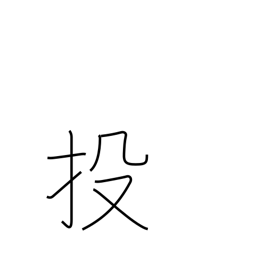
Meaning: abandon